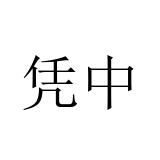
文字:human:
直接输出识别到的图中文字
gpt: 凭中